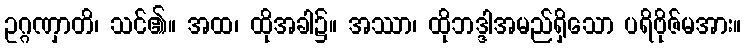
ဥဂ္ဂဏှာတိ၊ သင်၏။ အထ၊ ထိုအခါ၌။ အဿာ၊ ထိုဘဒ္ဒါအမည်ရှိသော ပရိဗိုဇ်မအား။